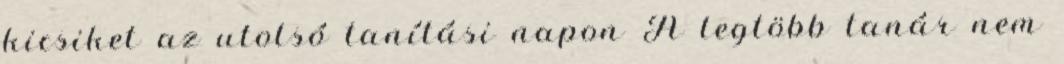
kicsiket az utolsó tanítási napon A legtöbb tanár nem